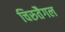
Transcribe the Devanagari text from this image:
चिरुतैगल